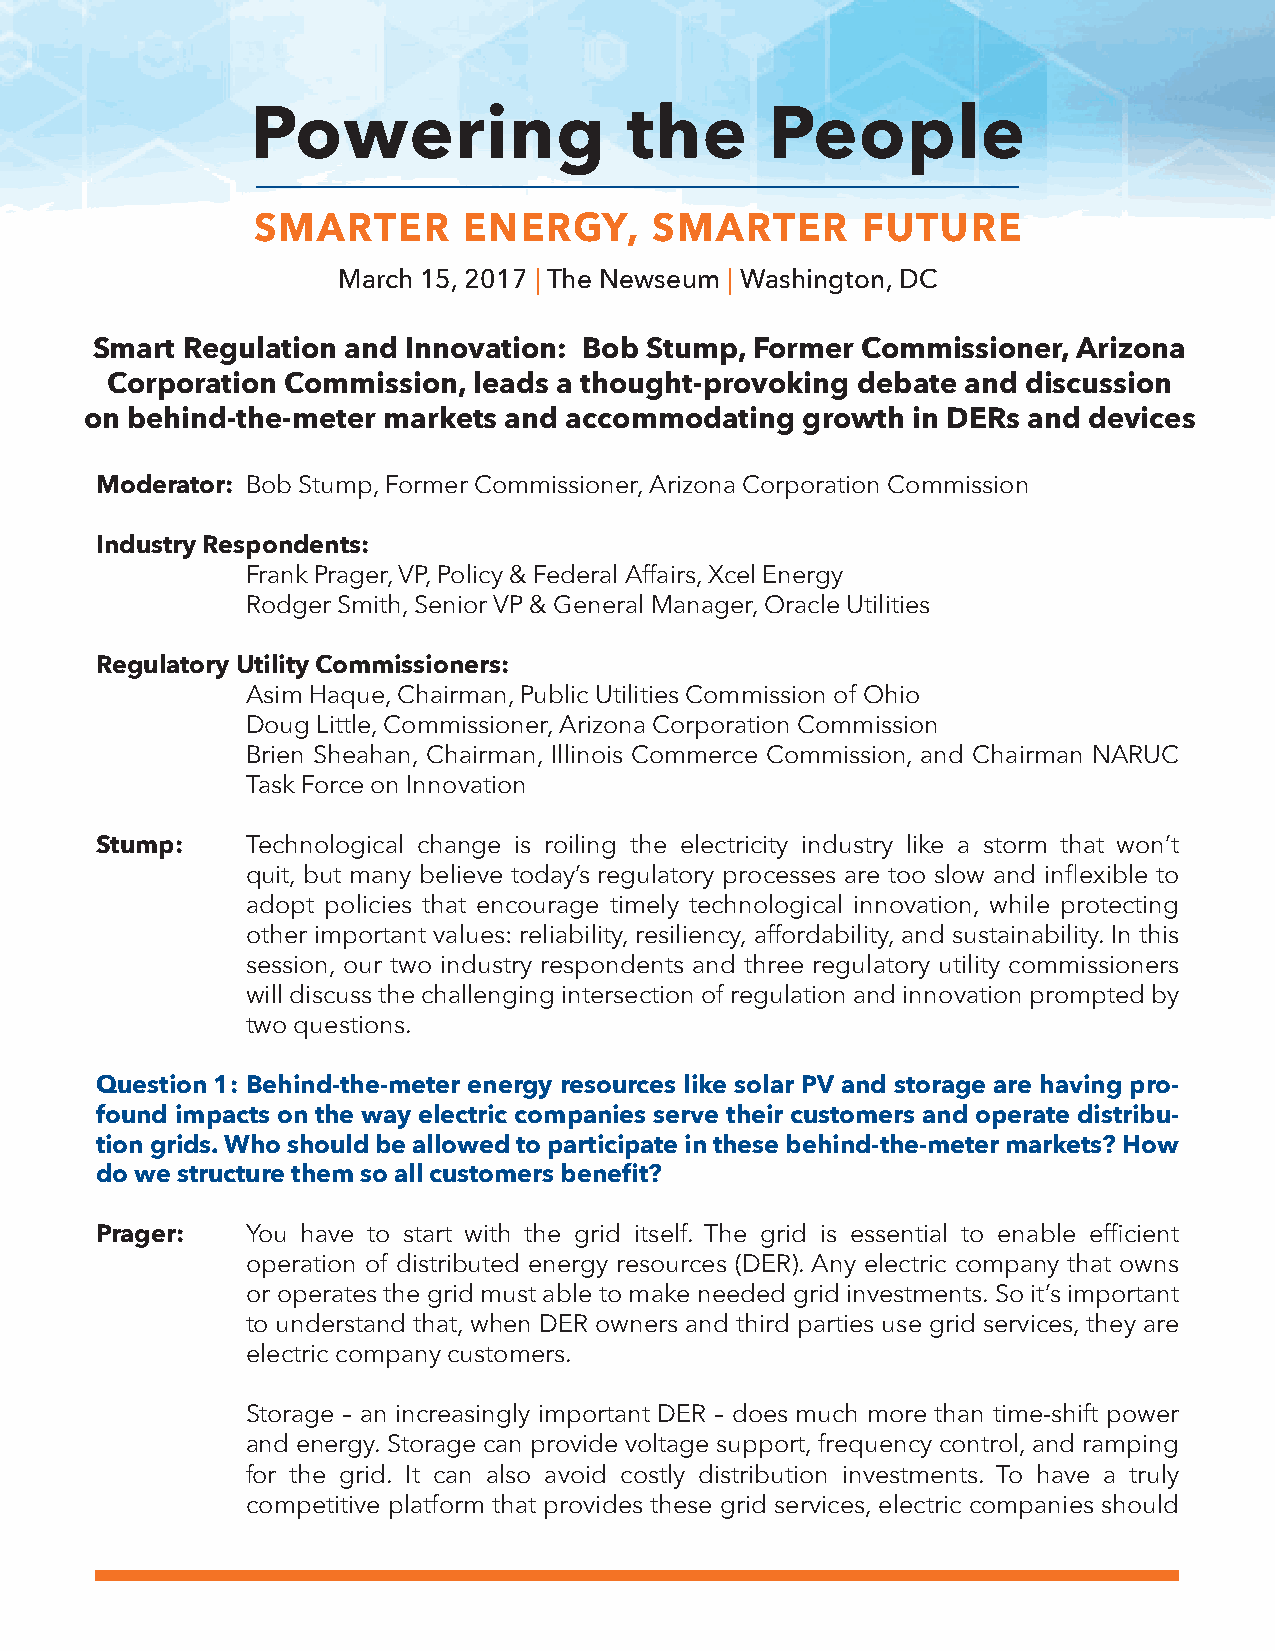
Powering                the       People
 SMARTER       ENERGY,     SMARTER       FUTURE
 March 15, 2017 | The Newseum | Washington, DC
 Smart Regulation and Innovation: Bob Stump, Former Commissioner, Arizona
 Corporation Commission, leads a thought-provoking debate and discussion
 on behind-the-meter markets and accommodating  growth in DERs and devices
 Moderator: Bob Stump, Former Commissioner, Arizona Corporation Commission
 Industry Respondents:
 Frank Prager, VP, Policy & Federal Affairs, Xcel Energy
 Rodger Smith, Senior VP & General Manager, Oracle Utilities
 Regulatory Utility Commissioners:
 Asim Haque, Chairman, Public Utilities Commission of Ohio
 Doug Little, Commissioner, Arizona Corporation Commission
 Brien Sheahan, Chairman, Illinois Commerce Commission, and Chairman NARUC
 Task Force on Innovation
 Stump:    Technological change is roiling the electricity industry like a storm that won’t
 quit, but many believe today’s regulatory processes are too slow and inflexible to
 adopt policies that encourage timely technological innovation, while protecting
 other important values: reliability, resiliency, affordability, and sustainability. In this
 session, our two industry respondents and three regulatory utility commissioners
 will discuss the challenging intersection of regulation and innovation prompted by
 two questions.
 Question 1: Behind-the-meter energy resources like solar PV and storage are having pro-
 found impacts on the way electric companies serve their customers and operate distribu-
 tion grids. Who should be allowed to participate in these behind-the-meter markets? How
 do we structure them so all customers benefit?
 Prager:   You have to start with the grid itself. The grid is essential to enable efficient
 operation of distributed energy resources (DER). Any electric company that owns
 or operates the grid must able to make needed grid investments. So it’s important
 to understand that, when DER owners and third parties use grid services, they are
 electric company customers.
 Storage – an increasingly important DER – does much more than time-shift power
 and energy. Storage can provide voltage support, frequency control, and ramping
 for the grid. It can also avoid costly distribution investments. To have a truly
 competitive platform that provides these grid services, electric companies should